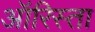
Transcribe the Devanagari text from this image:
ऑरिस्ता